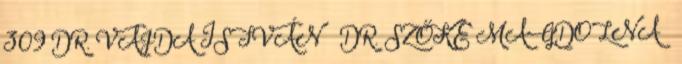
309 DR. VAJDA ISTVÁN – DR. SZŐKE MAGDOLNA –